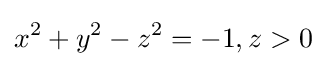
x^{2}+y^{2}-z^{2}=-1,z>0